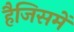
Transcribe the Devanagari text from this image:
हैजिसमें